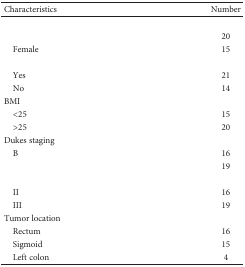
<table><thead><tr><td><b>Characteristics</b></td><td><b>Number</b></td></tr></thead><tbody><tr><td>[EMPTY_CELL]</td><td>[EMPTY_CELL]</td></tr><tr><td>[EMPTY_CELL]</td><td>20</td></tr><tr><td> Female</td><td>15</td></tr><tr><td>[EMPTY_CELL]</td><td>[EMPTY_CELL]</td></tr><tr><td> Yes</td><td>21</td></tr><tr><td> No</td><td>14</td></tr><tr><td>BMI</td><td>[EMPTY_CELL]</td></tr><tr><td> &lt;25</td><td>15</td></tr><tr><td> &gt;25</td><td>20</td></tr><tr><td>Dukes staging</td><td>[EMPTY_CELL]</td></tr><tr><td> B</td><td>16</td></tr><tr><td>[EMPTY_CELL]</td><td>19</td></tr><tr><td>[EMPTY_CELL]</td><td>[EMPTY_CELL]</td></tr><tr><td> II</td><td>16</td></tr><tr><td> III</td><td>19</td></tr><tr><td>Tumor location</td><td>[EMPTY_CELL]</td></tr><tr><td> Rectum</td><td>16</td></tr><tr><td> Sigmoid</td><td>15</td></tr><tr><td> Left colon</td><td>4</td></tr></tbody></table>